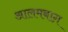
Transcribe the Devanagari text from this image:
आलमबाग़